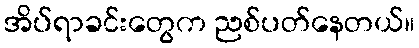
အိပ်ရာခင်းတွေက ညစ်ပတ်နေတယ်။